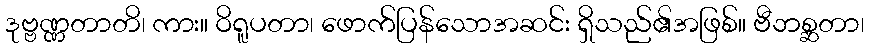
ဒုဗ္ဗဏ္ဏတာတိ၊ ကား။ ဝိရူပတာ၊ ဖောက်ပြန်သောအဆင်း ရှိသည်၏အဖြစ်။ ဗီဘစ္ဆတာ၊